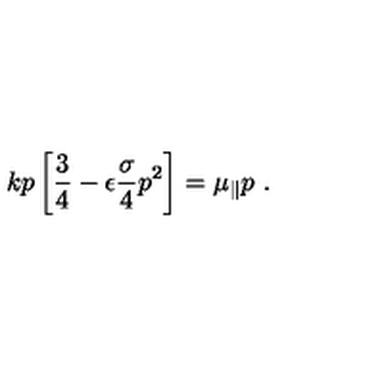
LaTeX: k p \left[ { \frac { 3 } { 4 } } - \epsilon { \frac { \sigma } { 4 } } p ^ { 2 } \right] = \mu _ { \parallel } p \ .